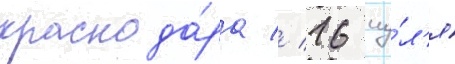
краснода́ра // 16 иу́л'я